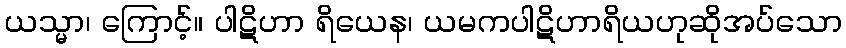
ယသ္မာ၊ ကြောင့်။ ပါဋိဟာ ရိယေန၊ ယမကပါဋိဟာရိယဟုဆိုအပ်သော